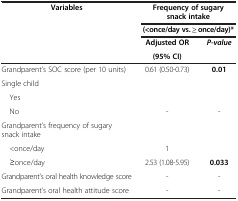
| <ROWSPAN=3> Variables | <COLSPAN=2> Frequency of sugary snack intake |
 | <COLSPAN=2> (<once/day vs. ≥ once/day)* |
 | Adjusted OR | P-value |
 |  | (95% CI) |  |
 | --- | --- | --- |
 | Grandparent’s SOC score (per 10 units) | 0.61 (0.50-0.73) | 0.01 |
 | Single child |  |  |
 | Yes |  |  |
 | No | - | - |
 | Grandparent’s frequency of sugary snack intake |  |  |
 | <once/day | 1 |  |
 | ≥once/day | 2.53 (1.08-5.95) | 0.033 |
 | Grandparent’s oral health knowledge score | - | - |
 | Grandparent’s oral health attitude score | - | - |